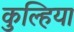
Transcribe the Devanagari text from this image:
कुल्हिया